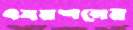
এবরশনের